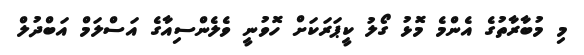
މި މުބާރާތުގެ އެންމެ މޮޅު ގޯލު ކީޕަރަކަށް ހޮވުނީ ވެލެންސިއާގެ އަސްލަމް އަބްދުލް